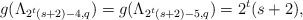
\begin{align*} g(\Lambda_{2^{t}(s+2)-4,q})=g(\Lambda_{2^{t}(s+2)-5,q})=2^{t}(s+2), \end{align*}